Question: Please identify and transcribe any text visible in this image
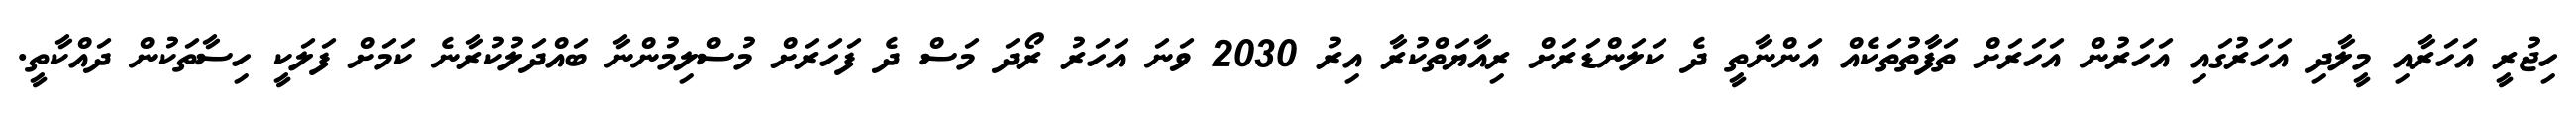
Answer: ހިޖުރީ އަހަރާއި މީލާދި އަހަރުގައި އަހަރުން އަހަރަށް ތަފާތުތަކެއް އަންނާތީ ދެ ކަލަންޑަރަށް ރިއާޔަތްކުރާ އިރު 2030 ވަނަ އަހަރު ރޯދަ މަސް ދެ ފަހަރަށް މުސްލިމުންނާ ބައްދަލުކުރާނެ ކަމަށް ފަލަކީ ހިސާތަކުން ދައްކާތީ.